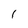
Character: 1